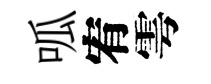
呱宥雩